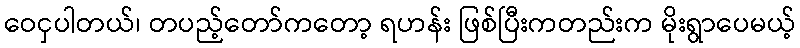
ဝေငှပါတယ်၊ တပည့်တော်ကတော့ ရဟန်း ဖြစ်ပြီးကတည်းက မိုးရွာပေမယ့်